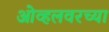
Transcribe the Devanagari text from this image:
ओव्हलवरच्या